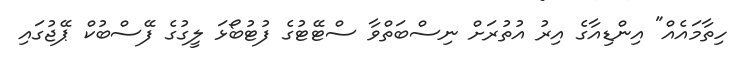
ހިތާމައެއް" އިންޑިއާގެ އިރު އުތުރަށް ނިސްބަތްވާ ސްޓޭޓުގެ ފުޓުބޯޅަ ލީގުގެ ފޭސްބުކް ޕޭޖުގައި